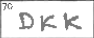
Transcription: DKK